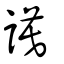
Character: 謩